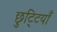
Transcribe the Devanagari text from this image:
छुटि्टयाँ